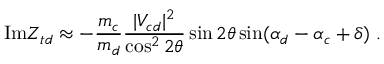
\mathrm { I m } Z _ { t d } \approx - { \frac { m _ { c } } { m _ { d } } } { \frac { | V _ { c d } | ^ { 2 } } { \cos ^ { 2 } 2 \theta } } \sin 2 \theta \sin ( \alpha _ { d } - \alpha _ { c } + \delta ) \; .